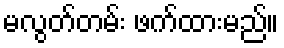
မလွတ်တမ်း ဖက်ထားမည်။